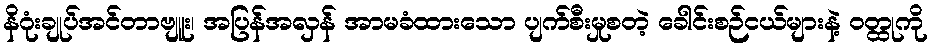
နိဂုံးချုပ်အင်တာဗျူး၊ အပြန်အလှန် အာမခံထားသော ပျက်စီးမှုစတဲ့ ခေါင်းစဉ်ငယ်များနဲ့ ဝတ္ထုကို